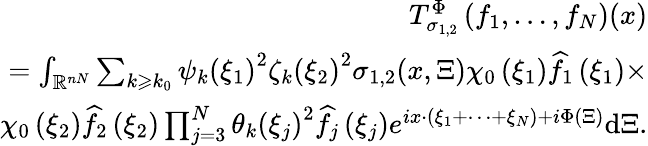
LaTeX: \begin{array}{r}{T_{\sigma_{1,2}}^{\Phi}\left(f_{1},\ldots,f_{N}\right)(x)}\\ {=\int_{\mathbb{R}^{nN}}\sum_{k\geqslant k_{0}}\psi_{k}\left(\xi_{1}\right)^{2}{\zeta}_{k}\left(\xi_{2}\right)^{2}\sigma_{1,2}(x,\Xi)\chi_{0}\left(\xi_{1}\right)\widehat{f}_{1}\left(\xi_{1}\right)\times}\\ {\chi_{0}\left(\xi_{2}\right)\widehat{f}_{2}\left(\xi_{2}\right)\prod_{j=3}^{N}\theta_{k}\left(\xi_{j}\right)^{2}\widehat{f}_{j}\left(\xi_{j}\right)e^{ix\cdot\left(\xi_{1}+\cdots+\xi_{N}\right)+i\Phi(\Xi)}\mathrm{d}\Xi.}\end{array}